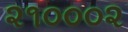
૨૧૦૦૦૨